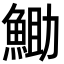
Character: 𮫼